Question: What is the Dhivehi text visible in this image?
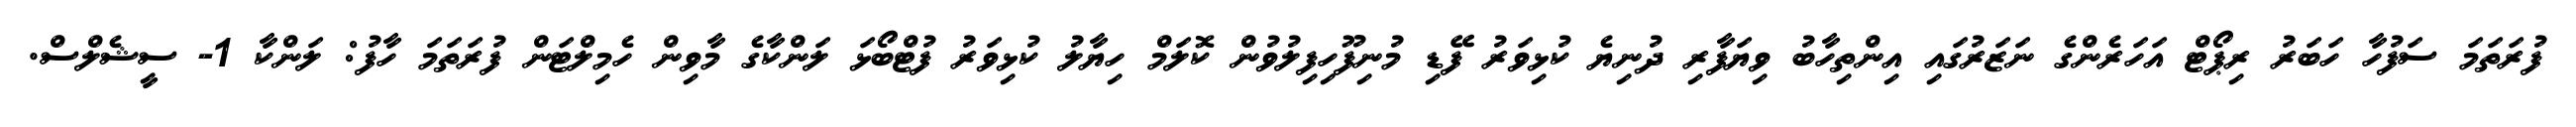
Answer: ފުރަތަމަ ސަފުހާ ހަބަރު ރިޕޯޓް އަހަރެންގެ ނަޒަރުގައި އިންތިހާބު ވިޔަފާރި ދުނިޔެ ކުޅިވަރު ފޭޑި މުނިފޫހިފިލުވުން ކޮލަމް ހިޔާލު ކުޅިވަރު ފުޓްބޯޅަ ލަންކާގެ މާވިން ހެމިލްޓަން ފުރަތަމަ ހާފު: ލަންކާ 1- ސީޝެލްސް.